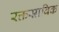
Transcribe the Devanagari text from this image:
रक्तस्राविक